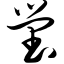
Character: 茔